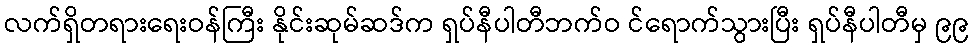
လက်ရှိတရားရေးဝန်ကြီး နိုင်းဆုမ်ဆဒ်က ရှပ်နီပါတီဘက်ဝ င်ရောက်သွားပြီး ရှပ်နီပါတီမှ ၉၉